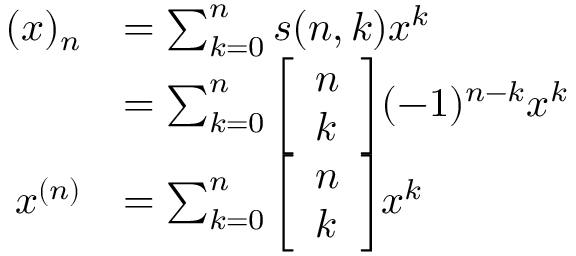
{ \begin{array} { r l } { ( x ) _ { n } } & { = \sum _ { k = 0 } ^ { n } s ( n , k ) x ^ { k } } \\ & { = \sum _ { k = 0 } ^ { n } { \left[ \begin{array} { l } { n } \\ { k } \end{array} \right] } ( - 1 ) ^ { n - k } x ^ { k } } \\ { x ^ { ( n ) } } & { = \sum _ { k = 0 } ^ { n } { \left[ \begin{array} { l } { n } \\ { k } \end{array} \right] } x ^ { k } } \end{array} }